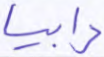
رابيا